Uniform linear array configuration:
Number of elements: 8
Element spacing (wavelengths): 0.75
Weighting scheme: exponential
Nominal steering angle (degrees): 45
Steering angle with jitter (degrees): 44.609
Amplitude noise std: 0.05
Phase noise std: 0.05

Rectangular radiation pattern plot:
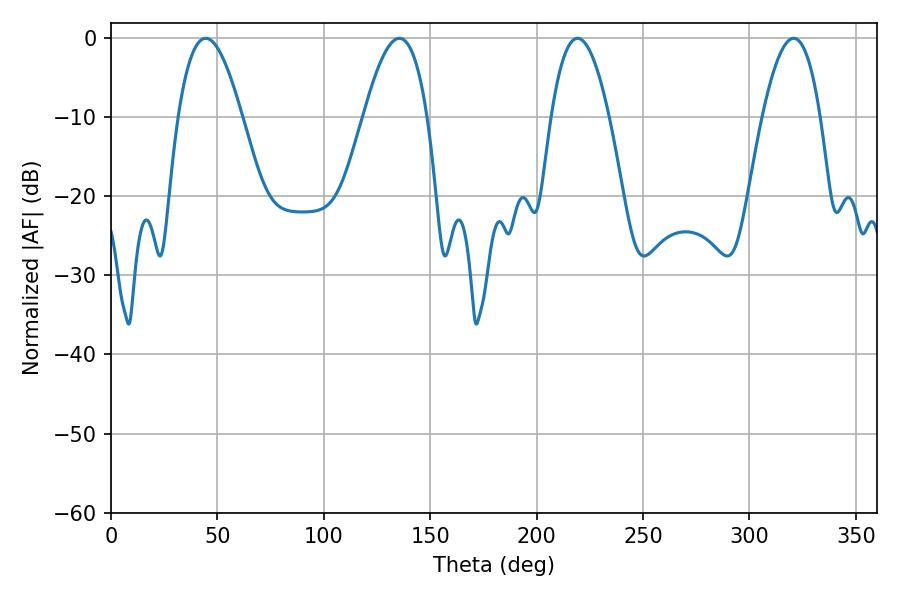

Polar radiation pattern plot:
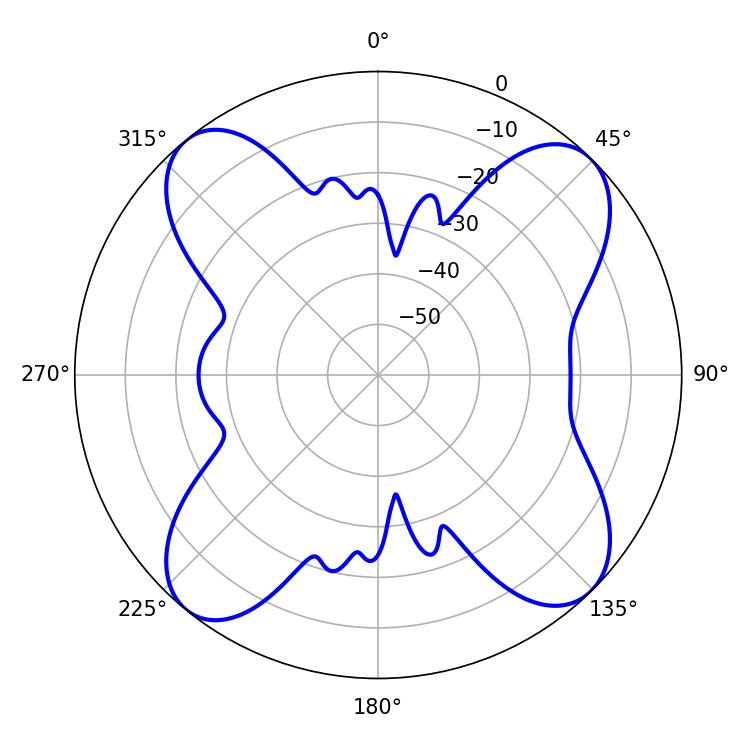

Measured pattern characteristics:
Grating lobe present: TRUE
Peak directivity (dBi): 13.729
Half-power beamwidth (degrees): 15.12
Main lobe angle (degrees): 219.24